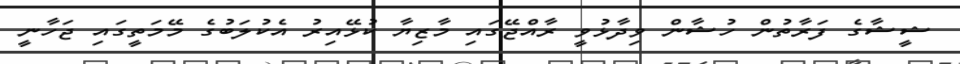
ޝީޝާގެ ފަރާތުން ހުޝާން ވިދާޅުވީ ރާއްޖޭގައި މާޒިޔާ ކުޅޭއިރު އެކުލަބުގެ މޭމަތީގައި ޖަހާނީ